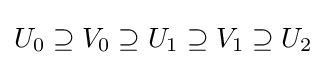
U_{0}\supseteq V_{0}\supseteq U_{1}\supseteq V_{1}\supseteq U_{2}